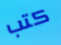
كتب